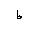
Letter: _da